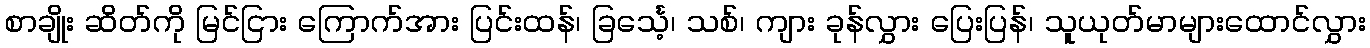
စာချိုး ဆိတ်ကို မြင်ငြား ကြောက်အား ပြင်းထန်၊ ခြင်္သေ့၊ သစ်၊ ကျား ခုန်လွှား ပြေးပြန်၊ သူယုတ်မာများထောင်လွှား